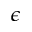
\epsilon